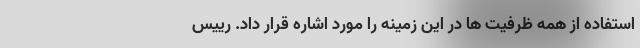
استفاده از همه ظرفیت ها در این زمینه را مورد اشاره قرار داد. رییس